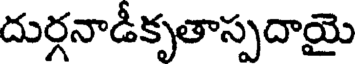
దుర్గనాడీకృతాస్పదాయై